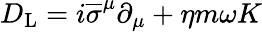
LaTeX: D_{\mathrm{{L}}}=i{\overline{{\sigma}}}^{\mu}\partial_{\mu}+\eta m\omega K